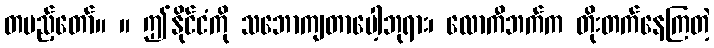
တပည့်တော်။ ။ ဤနိုင်ငံကို သဘောကျတာပေါ့ဘုရား၊ လောကီဘက်က တိုးတက်နေကြတဲ့